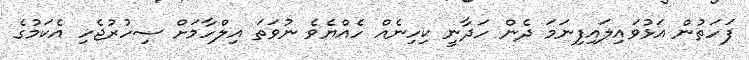
ފަހަތުން އަޅުވައިލައިފިނަމަ ދެން ހަދާނީ ކިހިނެއް ހެއްޔެވެ ނުވަތަ އިލްހާމަށް ސިހުރުޖެހި އެކަމުގެ